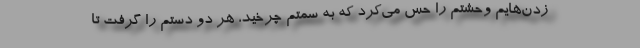
زدن‌هایم وحشتم را حس می‌کرد که به سمتم چرخید، هر دو دستم را گرفت تا